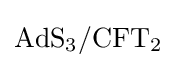
{\text{AdS}}_{3}/{\text{CFT}}_{2}